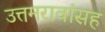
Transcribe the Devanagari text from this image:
उत्तमरावांसह